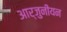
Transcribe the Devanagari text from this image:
आर्जुनीयन